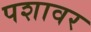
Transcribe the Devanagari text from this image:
पशावर